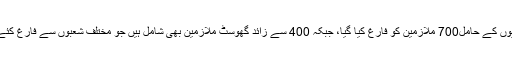
جعلی ڈگریوں کے حامل700 ملازمین کو فارغ کیا گیا، جبکہ 400 سے زائد گھوسٹ ملازمین بھی شامل ہیں جو مختلف شعبوں سے فارغ کئے گئے ہیں۔